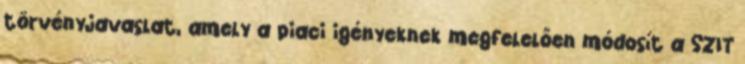
törvényjavaslat, amely a piaci igényeknek megfelelően módosít a SZIT